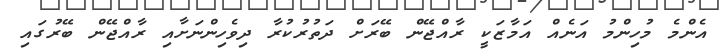
އެންމެ މުހިންމު އަނެއް އަމާޒަކީ ރާއްޖޭން ބޭރަށް ދަތުރުކުރާ ދިވެހިންނަށާއި ރާއްޖޭން ބޭރުގައި